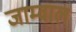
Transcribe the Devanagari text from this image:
जाम्वाल